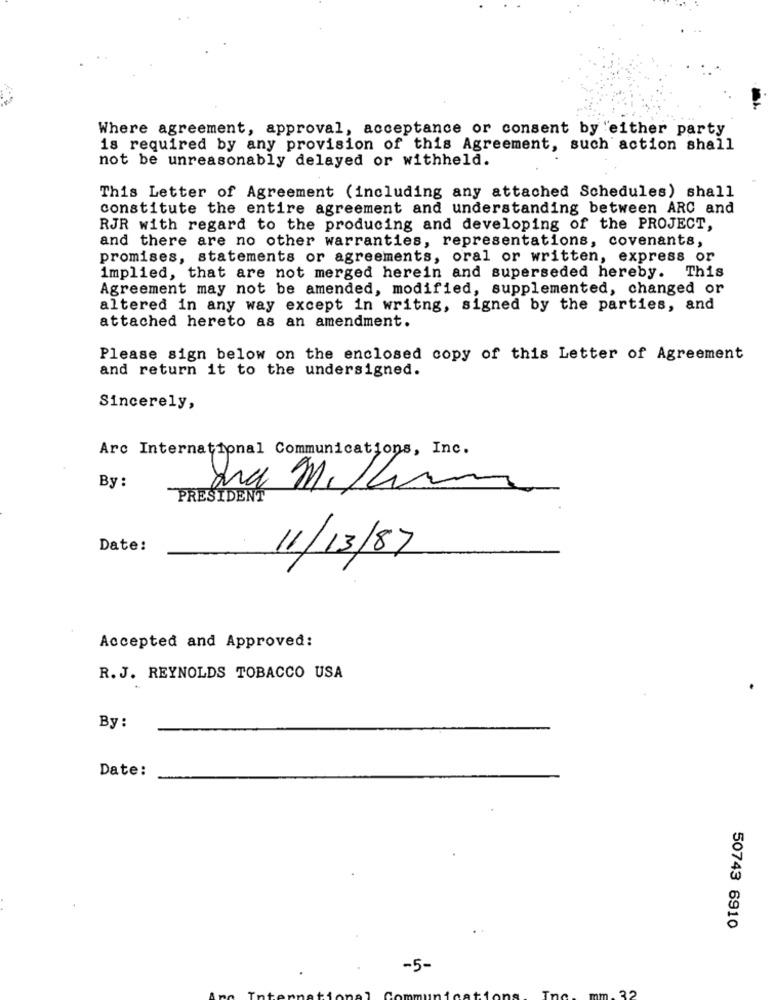
Where agreement, approval, acceptance or consent by either party
is required by any provision of this Agreement, such action shall
not be unreasonably delayed or withheld.
This Letter of Agreement (including any attached Schedules) shall
constitute the entire agreement and understanding between ARC and
RJR with regard to the producing and developing of the PROJECT,
and there are no other warranties, representations, covenants,
promises, statements or agreements, oral or written, express or
implied, that are not merged herein and superseded hereby. This
Agreement may not be amended, modified, supplemented, changed or
altered in any way except in writng, signed by the parties, and
attached hereto as an amendment.
Please sign below on the enclosed copy of this Letter of Agreement
and return it to the undersigned.
Sincerely,
Arc International Communications, Inc.
By :
La Milhim
PRESIDENT
Date:
11/13/87
Accepted and Approved:
R.J. REYNOLDS TOBACCO USA
By :
Date:
50743 6910
-5-
22